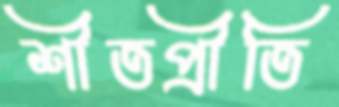
শীতপ্রীতি